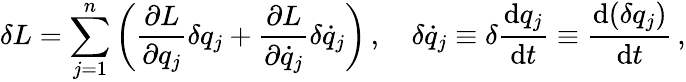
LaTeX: \delta L=\sum_{j=1}^{n}\left({\frac{\partial L}{\partial q_{j}}}\delta q_{j}+{\frac{\partial L}{\partial{\dot{q}}_{j}}}\delta{\dot{q}}_{j}\right)\, ,\quad\delta{\dot{q}}_{j}\equiv\delta{\frac{\mathrm{d}q_{j}}{\mathrm{d}t}}\equiv{\frac{\mathrm{d}(\delta q_{j})}{\mathrm{d}t}}\, ,